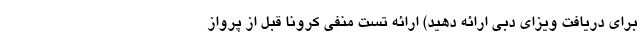
برای دریافت ویزای دبی ارائه دهید) ارائه تست منفی کرونا قبل از پرواز